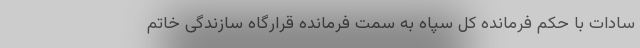
سادات با حکم فرمانده کل سپاه به سمت فرمانده قرارگاه سازندگی خاتم